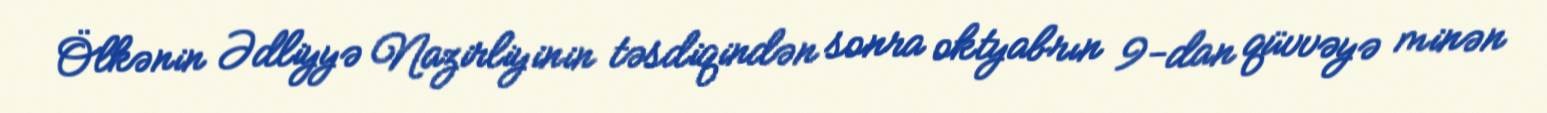
Ölkənin Ədliyyə Nazirliyinin təsdiqindən sonra oktyabrın 9-dan qüvvəyə minən